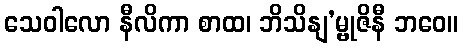
သေဝါလော နီလိကာ စာထ၊ ဘိသိနျ’မ္ဗုဇိနီ ဘဝေ။